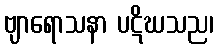
ဗျာရောသနာ ပဋိဃသည၊